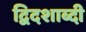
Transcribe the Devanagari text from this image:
द्विदशाब्दी